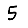
Digit: 5